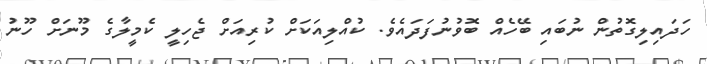
ހަދައިލިގޮތުން ނުބައި ބޭހެއް ބޮވުނުފަދައެވެ. ކުއްލިއަކަށް ކުރިއަށް ޖެހިލީ ކެމީލާގެ މޫނަށް ހޫނު